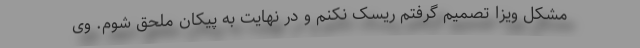
مشکل ویزا تصمیم گرفتم ریسک نکنم و در نهایت به پیکان ملحق شوم. وی